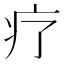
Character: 疗